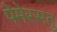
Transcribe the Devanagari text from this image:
पेमेरसतु